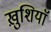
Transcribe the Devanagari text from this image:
ख़ुशियाॅ